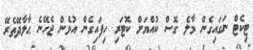
ޓިކެޓް ނަގައިގެން މާލެ ގޮސް ކުއްޔަށް ކޮޓަރި ހިފައިގެން އުޅެން ޖެހޭނެ ޙާލާދޭތެރޭ